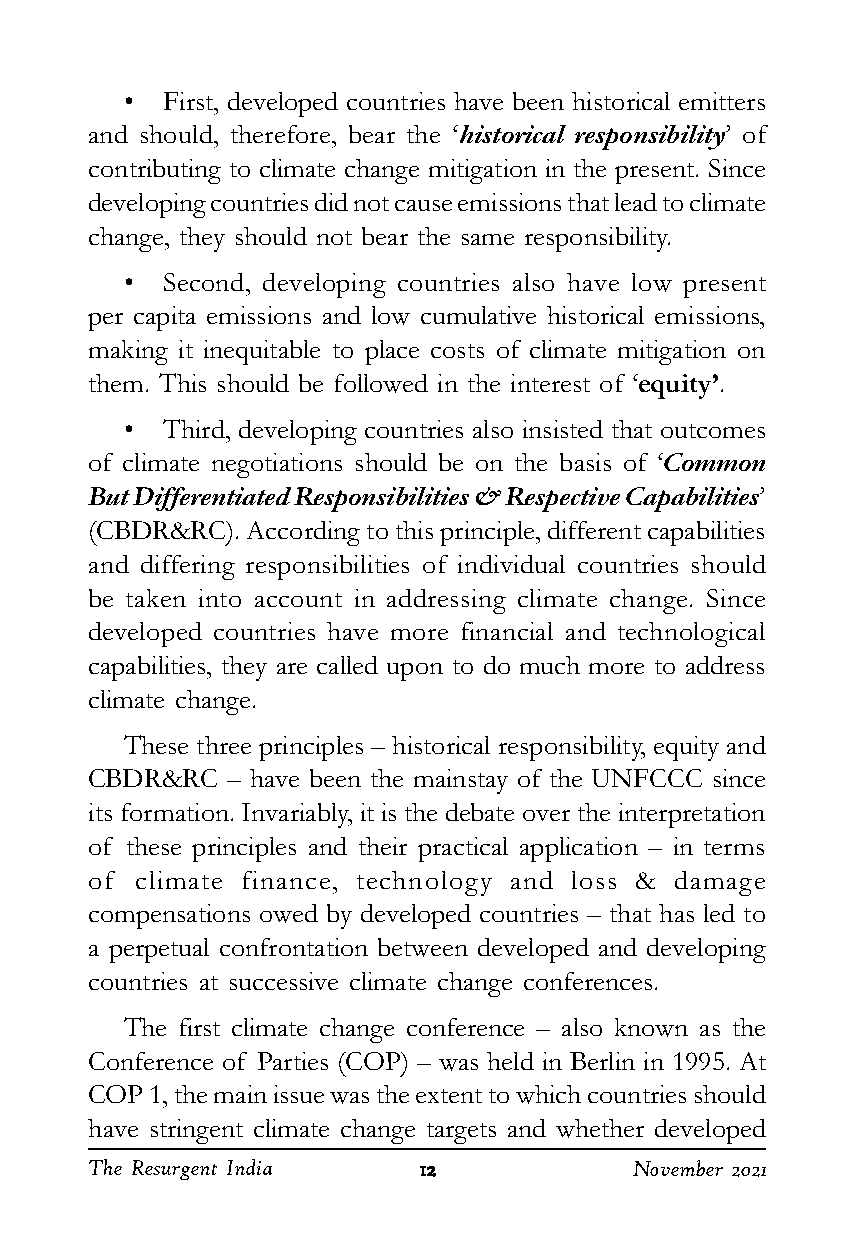
•  First, developed countries have been historical emitters
 and should, therefore, bear the ‘historical responsibility’ of
 contributing to climate change mitigation in the present. Since
 developing countries did not cause emissions that lead to climate
 change, they should not bear the same responsibility.
 •  Second, developing countries also have low present
 per capita emissions and low cumulative historical emissions,
 making it inequitable to place costs of climate mitigation on
 them. This should be followed in the interest of ‘equity’.
 •  Third, developing countries also insisted that outcomes
 of climate negotiations should be on the basis of ‘Common
 But Differentiated Responsibilities & Respective Capabilities’
 (CBDR&RC). According to this principle, different capabilities
 and differing responsibilities of individual countries should
 be taken into account in addressing climate change. Since
 developed countries have more financial and technological
 capabilities, they are called upon to do much more to address
 climate change.
 These three principles – historical responsibility, equity and
 CBDR&RC  – have been the mainstay of the UNFCCC since
 its formation. Invariably, it is the debate over the interpretation
 of these principles and their practical application – in terms
 of climate finance, technology and loss & damage
 compensations owed by developed countries – that has led to
 a perpetual confrontation between developed and developing
 countries at successive climate change conferences.
 The first climate change conference – also known as the
 Conference of Parties (COP) – was held in Berlin in 1995. At
 COP 1, the main issue was the extent to which countries should
 have stringent climate change targets and whether developed
 The Resurgent India   1111122222    November 2021